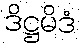
ဒိဋ္ဌမိဒံ